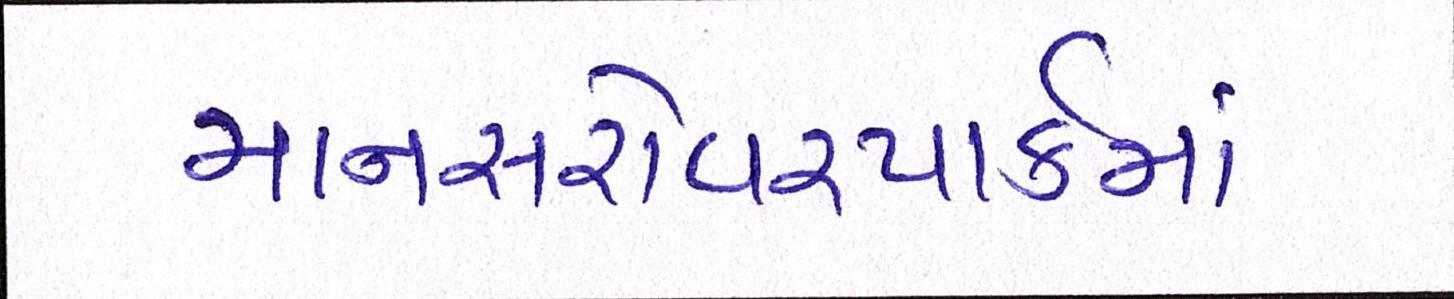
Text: માનસરોવરપાર્કમાં